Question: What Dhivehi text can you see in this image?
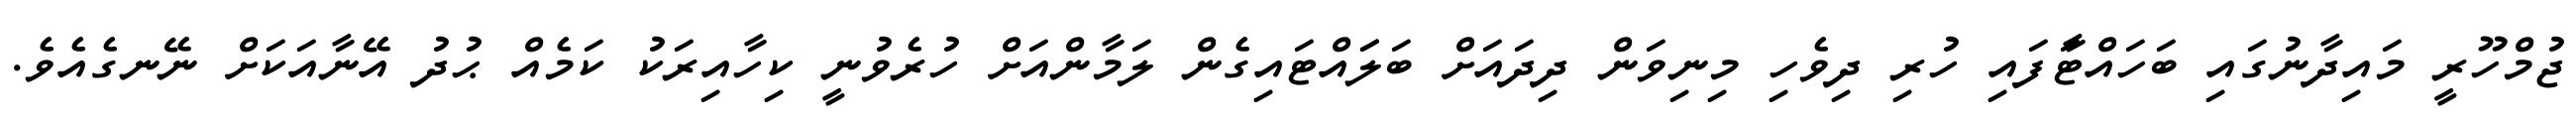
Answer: ޖުމްހޫރީ މައިދާނުގައި ބަހައްޓާަފައި ހުރި ދިވެހި މިނިވަން ދިދައަށް ބަލަައްޓައިގެން ލަމާންއަށް ހުރެވުނީ ކިހާއިރަކު ކަމެއް ޙުދު އޭނާއަކަށް ނޭނގެއެވެ.